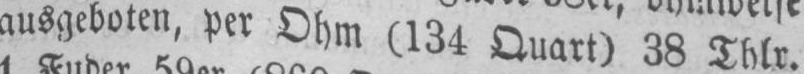
ausgeboten‚ per Ohm (134 Quart) 38 Thlr.